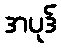
အပုဒ်